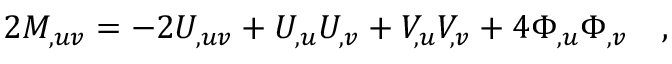
2 M _ { , u v } = - 2 U _ { , u v } + U _ { , u } U _ { , v } + V _ { , u } V _ { , v } + 4 \Phi _ { , u } \Phi _ { , v } \quad ,